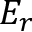
E _ { r }